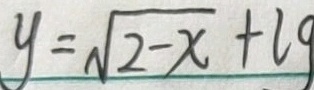
y = \sqrt { 2 - x } + \lg